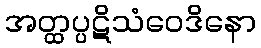
အတ္ထပ္ပဋိသံဝေဒိနော